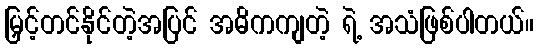
မြှင့်တင်နိုင်တဲ့အပြင် အဓိကကျတဲ့ ရဲ့ အသံဖြစ်ပါတယ်။